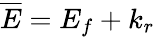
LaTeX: {\overline{{E}}}=E_{f}+k_{r}